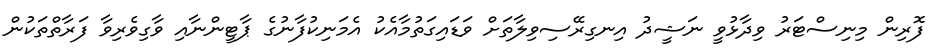
ފޮރިން މިނިސްޓަރު ވިދާޅުވީ ނަޝީދު އިނގިރޭސިވިލާތަށް ވަޑައިގަތުމާއެކު އެމަނިކުފާނުގެ ޕާޓީންނާއި ވާގިވެރިވާ ފަރާތްތަކުން